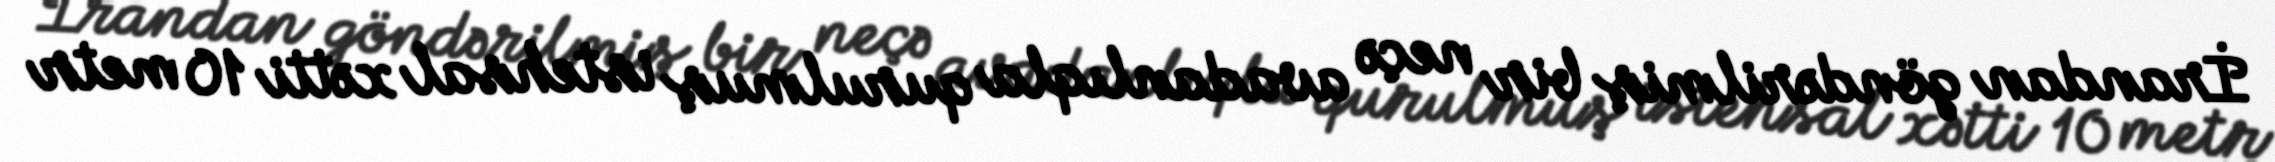
İrandan göndərilmiş bir neçə avadanlıqla qurulmuş istehsal xətti 10 metr